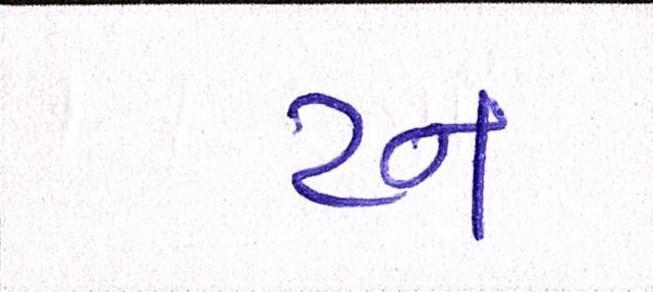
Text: ટન